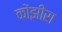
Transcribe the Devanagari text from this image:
कोंझीरा